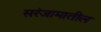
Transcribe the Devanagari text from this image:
सरंजामातील